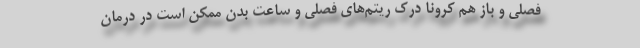
فصلی و باز هم کرونا درک ریتم‌های فصلی و ساعت بدن ممکن است در درمان